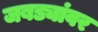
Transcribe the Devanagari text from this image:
जबड्यांवर